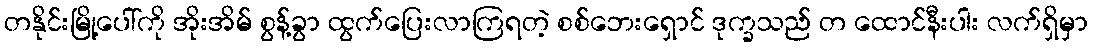
တနိုင်းမြို့ပေါ်ကို အိုးအိမ် စွန့်ခွာ ထွက်ပြေးလာကြရတဲ့ စစ်ဘေးရှောင် ဒုက္ခသည် တ ထောင်နီးပါး လက်ရှိမှာ